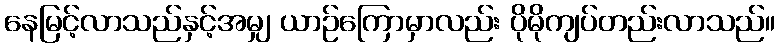
နေမြင့်လာသည်နှင့်အမျှ ယာဉ်ကြောမှာလည်း ပိုမိုကျပ်တည်းလာသည်။